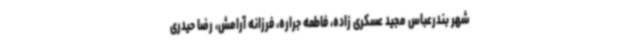
شهر بندرعباس مجید عسکری زاده، فاطمه جراره، فرزانه آرامش، رضا حیدری